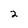
Character: 2